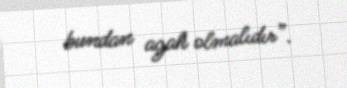
bundan agah olmalıdır”.